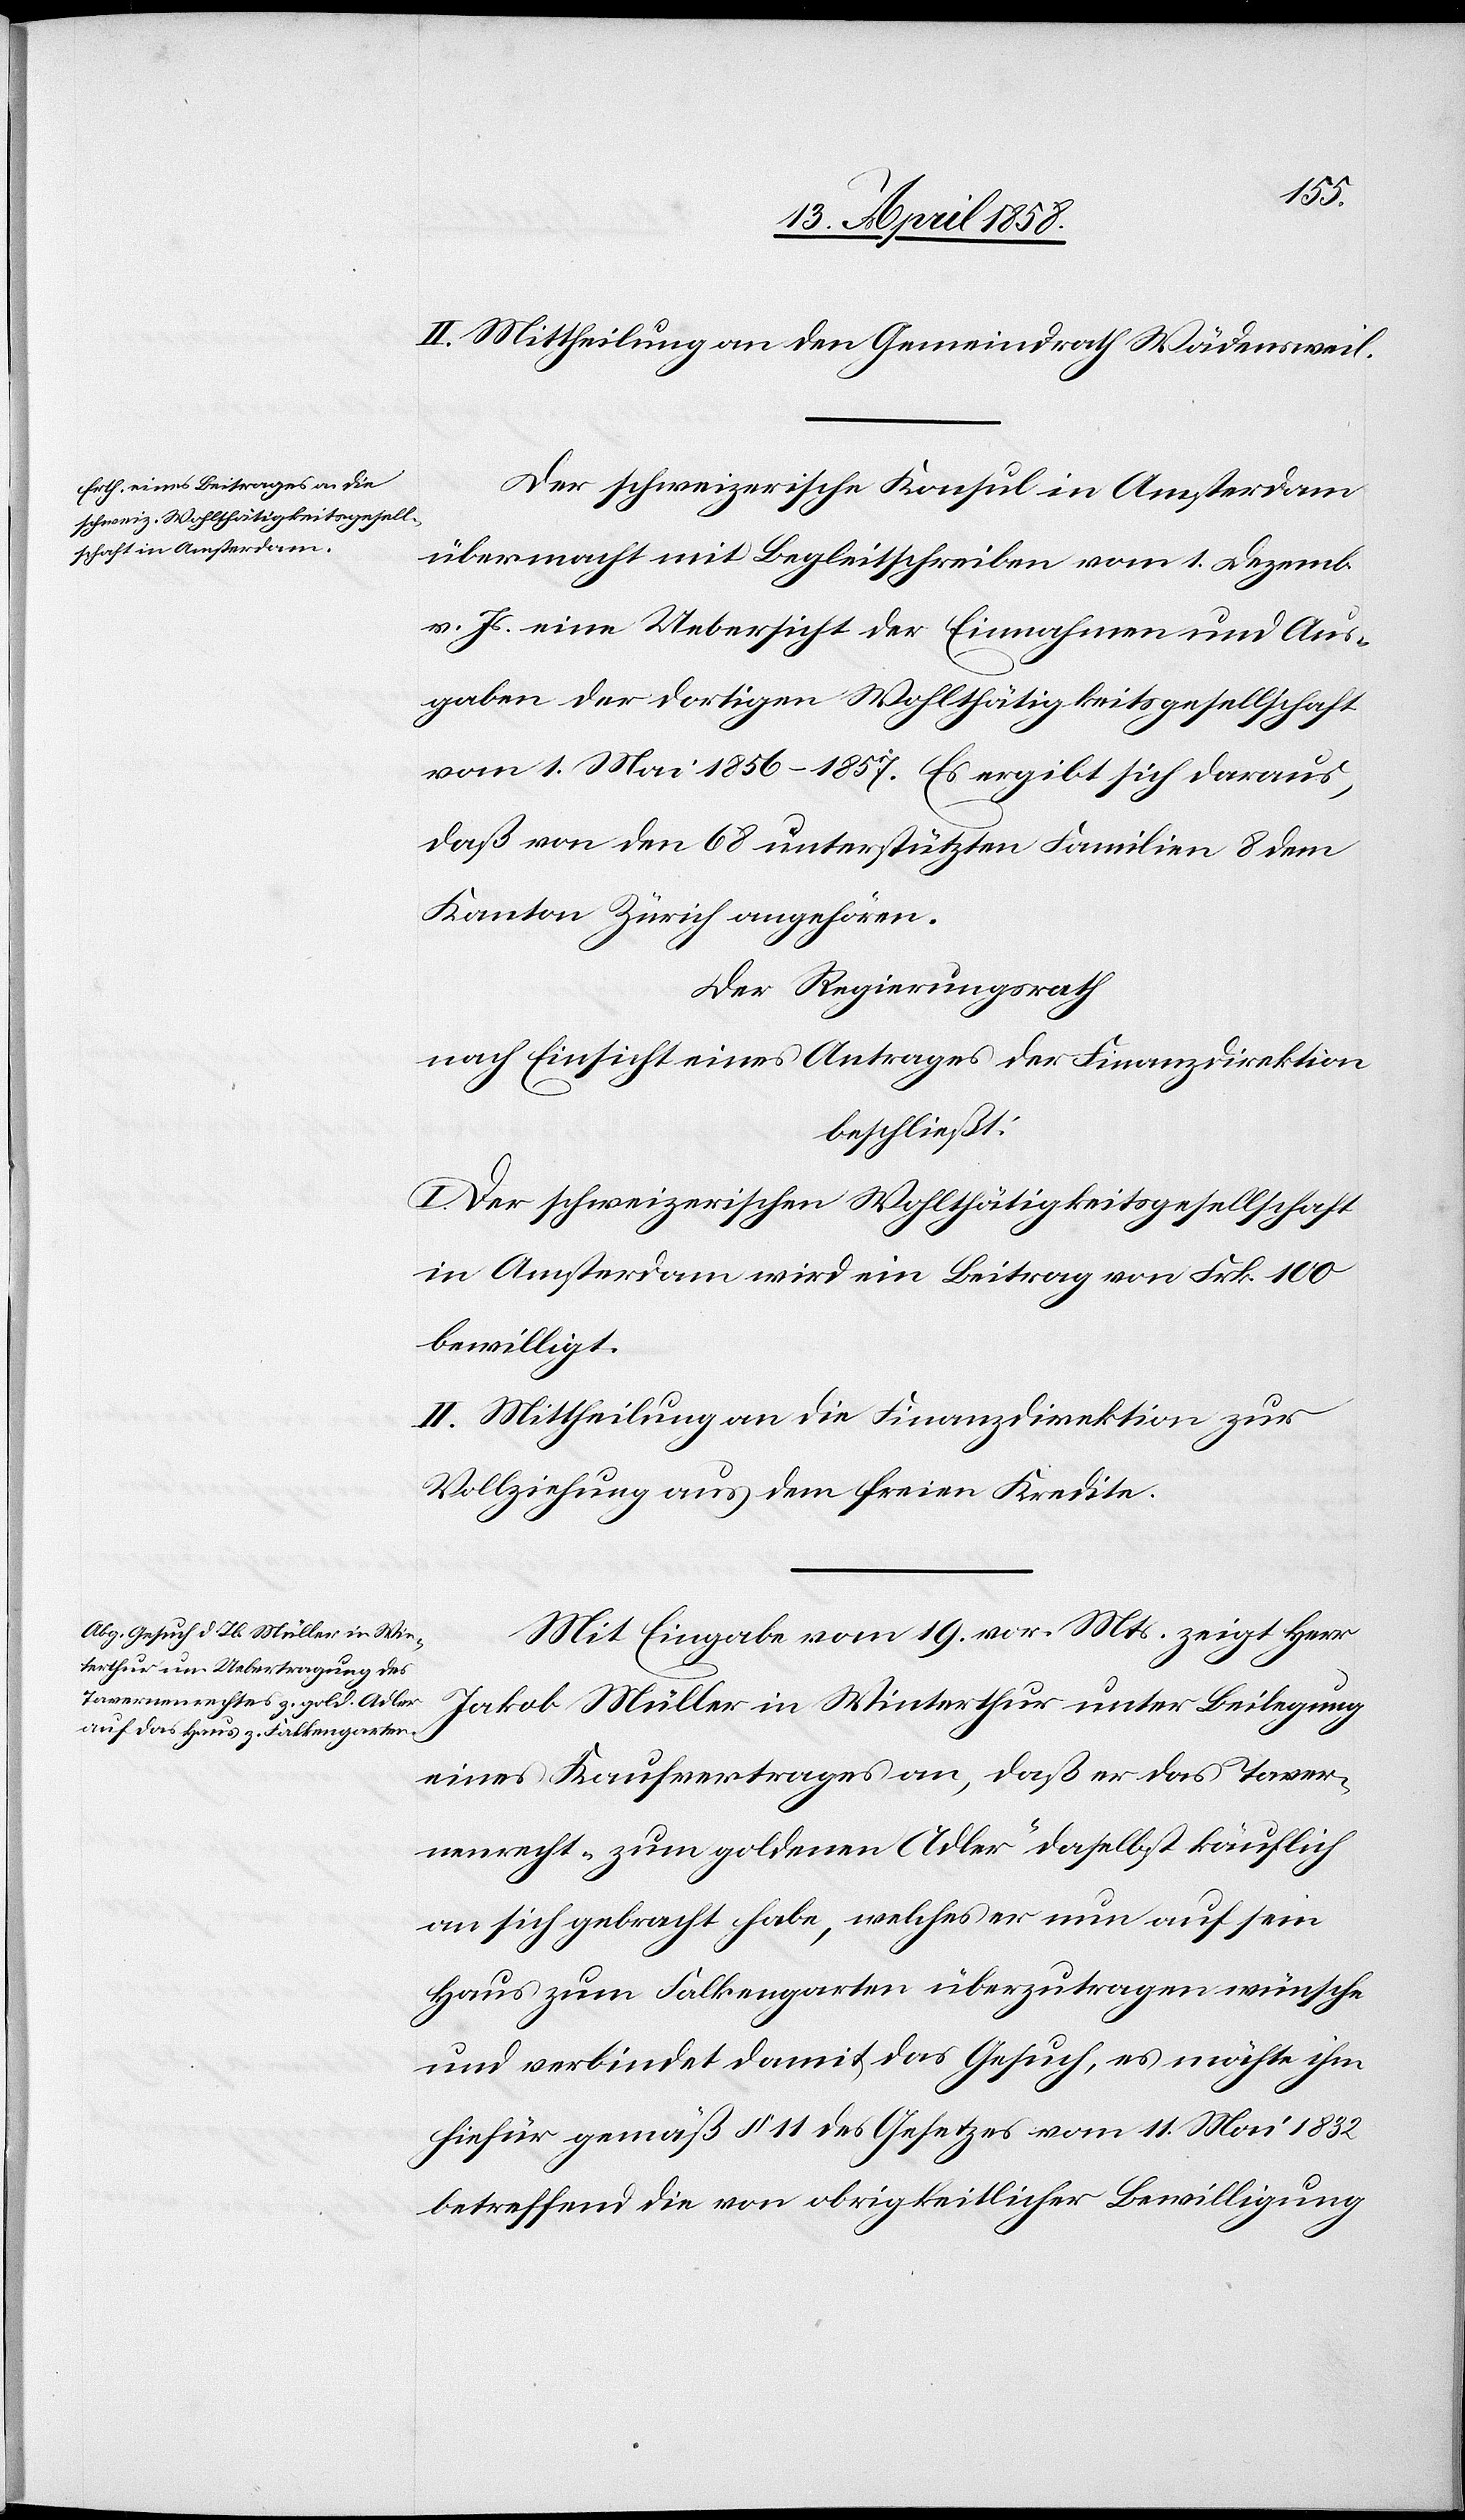
II. Mittheilung an den Gemeindrath Wädensweil.
Der schweizerische Konsul in Amsterdam
übermacht mit Begleitschreiben vom 1. Dezember
v. Js. eine Uebersicht der Einnahmen und Aus¬
gaben der dortigen Wohlthätigkeitsgesellschaft
vom 1. Mai 1856–1857. Es ergibt sich daraus,
daß von den 68 unterstützten Familien 8 dem
Kanton Zürich angehören.
Der Regierungsrath
nach Einsicht eines Antrages der Finanzdirektion
beschließt:
I. Der schweizerischen Wohlthätigkeitsgesellschaft
in Amsterdam wird ein Beitrag von Frk. 100
bewilligt.
II. Mittheilung an die Finanzdirektion zur
Vollziehung aus dem freien Kredite.
Mit Eingabe vom 19. vor. Mts. zeigt Herr
Jakob Müller in Winterthur unter Beilegung
eines Kaufvertrages an, daß er das Taver¬
nenrecht „zum goldenen Adler“ daselbst käuflich
an sich gebracht habe, welches er nun auf sein
Haus zum Falkengarten überzutragen wünsche
und verbindet damit das Gesuch, es möchte ihm
hiefür gemäß § 11 des Gesetzes vom 11. Mai 1832
betreffend die von obrigkeitlicher Bewilligung